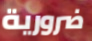
ضرورية